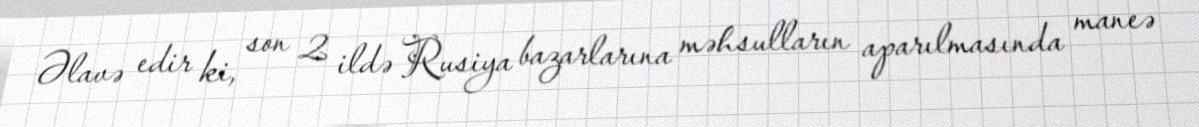
Əlavə edir ki, son 2 ildə Rusiya bazarlarına məhsulların aparılmasında maneə